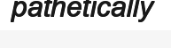
pathetically